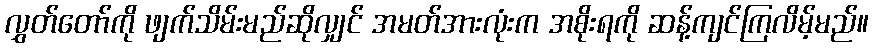
လွှတ်တော်ကို ဖျက်သိမ်းမည်ဆိုလျှင် အမတ်အားလုံးက အစိုးရကို ဆန့်ကျင်ကြလိမ့်မည်။